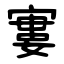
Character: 寠